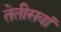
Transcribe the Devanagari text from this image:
तेतीसवां